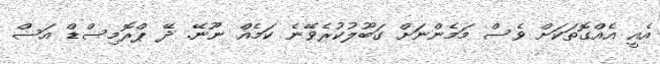
އެއީ އެއްގޮތަަކަށް ވެސް މަމެންނަށް ގަބޫލުކުރެވޭނެ ކަމެއް ނޫނޭ. ދޭ ޕްރޮމިސްޑް އަސް